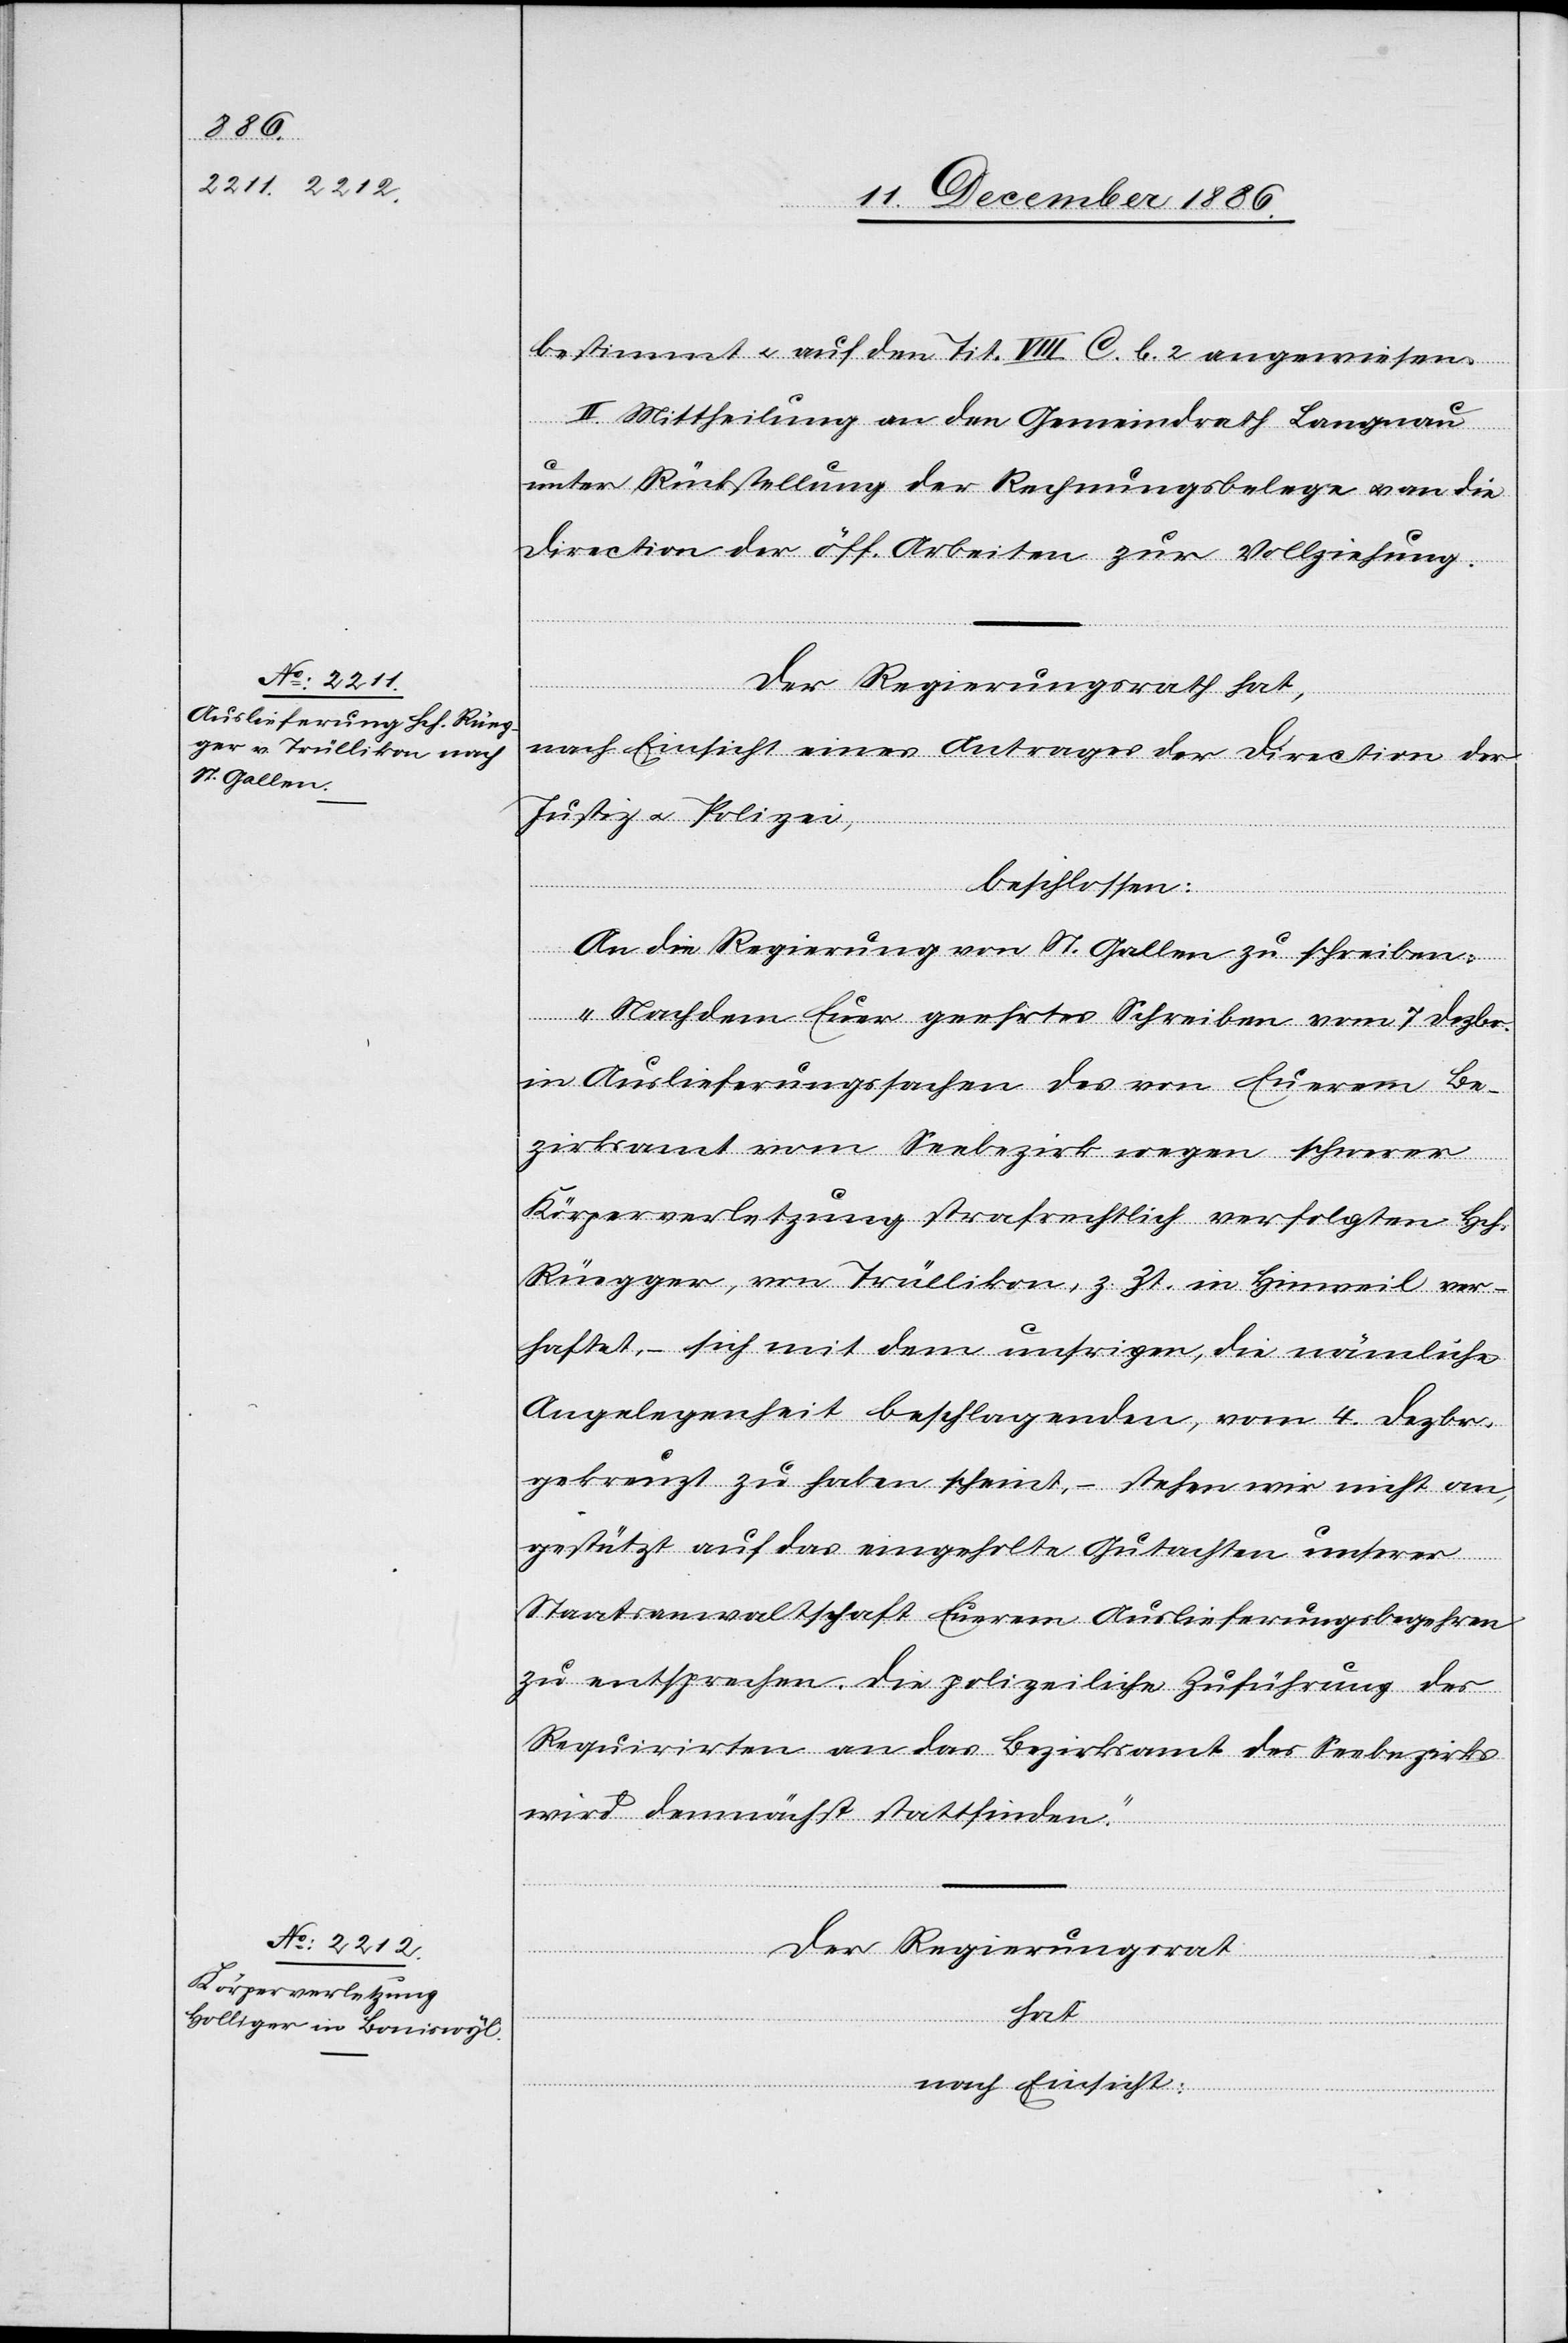
bestimmt & auf den Tit. VIII. C. b. 2 angewiesen.
II. Mittheilung an den Gemeindrath Langnau
unter Rückstellung der Rechnungsbelege & an die
Direction der öff. Arbeiten zur Vollziehung.
Der Regierungsrath hat,
nach Einsicht eines Antrages der Direction der
Justiz & Polizei,
beschlossen:
An die Regierung von St. Gallen zu schreiben:
„Nachdem Euer geehrtes Schreiben vom 7. Dezbr.
in Auslieferungssachen des von Euerem Be¬
zirksamt vom Seebezirk wegen schwerer
Körperverletzung strafrechtlich verfolgten Hch.
Rüegger, von Trüllikon, z. Zt. in Hinweil ver¬
haftet, – sich mit dem unsrigen, die nämliche
Angelegenheit beschlagenden, vom 4. Dezbr.
gekreuzt zu haben scheint, – stehen wir nicht an,
gestützt auf das eingeholte Gutachten unserer
Staatsanwaltschaft Euerem Auslieferungsbegehren
zu entsprechen. Die polizeiliche Zuführung des
Requirirten an das Bezirksamt des Seebezirks
wird demnächst stattfinden.“
Der Regierungsrath
hat
nach Einsicht: